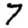
Digit: 7